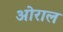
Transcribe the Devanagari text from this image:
ओराल